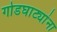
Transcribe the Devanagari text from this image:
गोडघाट्यांना